Report on the working of the Ranchi Indian Mental Hospital, Kanke, in Bihar and Orissa - 1930-1940
Year: 1930
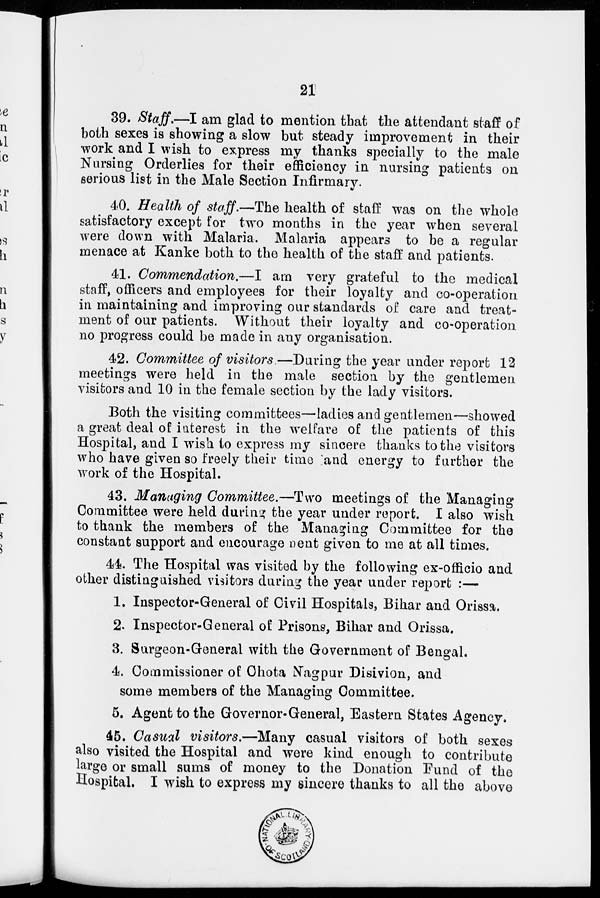
21
39. Staff.—I am glad to mention that the attendant staff of
both sexes is showing a slow but steady improvement in their
work and I wish to express my thanks specially to the male
Nursing Orderlies for their efficiency in nursing patients on
serious list in the Male Section Infirmary.
40. Health of staff.—The health of staff was on the whole
satisfactory except for two months in the year when several
were down with Malaria. Malaria appears to be a regular
menace at Kanke both to the health of the staff and patients.
41. Commendation.—I am very grateful to the medical
staff, officers and employees for their loyalty and co-operation
in maintaining and improving our standards of care and treat-
ment of our patients. Without their loyalty and co-operation
no progress could be made in any organisation.
42. Committee of visitors.—During the year under report 12
meetings were held in the male section by the gentlemen
visitors and 10 in the female section by the lady visitors.
Both the visiting committees—ladies and gentlemen—showed
a great deal of interest in the welfare of the patients of this
Hospital, and I wish to express my sincere thanks to the visitors
who have given so freely their time and energy to further the
work of the Hospital.
43. Managing Committee.—Two meetings of the Managing
Committee were held during the year under report. I also wish
to thank the members of the Managing Committee for the
constant support and encouragement given to me at all times.
44. The Hospital was visited by the following ex-officio and
other distinguished visitors during the year under report :—
1. Inspector-General of Civil Hospitals, Bihar and Orissa.
2. Inspector-General of Prisons, Bihar and Orissa.
3. Surgeon-General with the Government of Bengal.
4. Commissioner of Chota Nagpur Disivion, and
some members of the Managing Committee.
5. Agent to the Governor-General, Eastern States Agency.
45. Casual visitors.—Many casual visitors of both sexes
also visited the Hospital and were kind enough to contribute
large or small sums of money to the Donation Fund of the
Hospital. I wish to express my sincere thanks to all the above